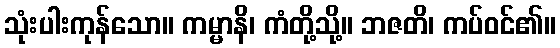
သုံးပါးကုန်သော။ ကမ္မာနိ၊ ကံတို့သို့။ ဘဇတိ၊ ကပ်ဝင်၏။